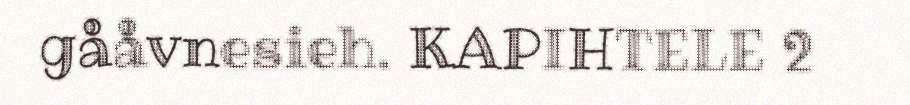
gååvnesieh. KAPIHTELE 2